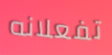
تفعلانه